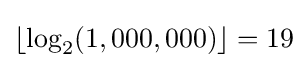
\lfloor \log _{2}(1,000,000)\rfloor =19